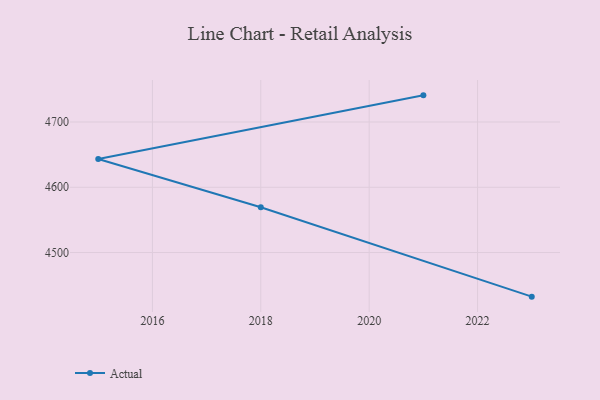
{"axis": {"x": "Year", "y": "Website Visitors"}, "legend": ["Actual"], "data": [{"x": "2023", "y": 4432.4, "type": "Actual"}, {"x": "2018", "y": 4569.3, "type": "Actual"}, {"x": "2015", "y": 4643.4, "type": "Actual"}, {"x": "2021", "y": 4740.8, "type": "Actual"}]}